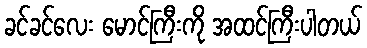
ခင်ခင်လေး မောင်ကြီးကို အထင်ကြီးပါတယ်